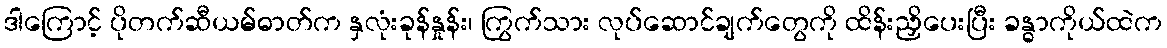
ဒါကြောင့် ပိုတက်ဆီယမ်ဓာတ်က နှလုံးခုန်နှုန်း၊ ကြွက်သား လုပ်ဆောင်ချက်တွေကို ထိန်းညှိပေးပြီး ခန္ဓာကိုယ်ထဲက